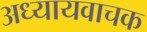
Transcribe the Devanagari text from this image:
अध्यायवाचक